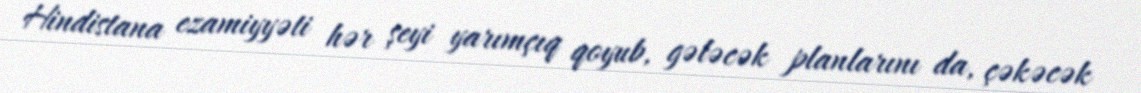
Hindistana ezamiyyəti hər şeyi yarımçıq qoyub, gələcək planlarını da, çəkəcək